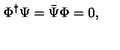
\Phi ^ { \dag } \Psi = { \bar { \Psi } } \Phi = 0 ,